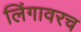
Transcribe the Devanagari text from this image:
लिंगावरच